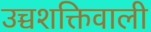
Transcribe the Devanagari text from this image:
उच्चशक्तिवाली